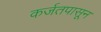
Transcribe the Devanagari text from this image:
कर्जतपासून